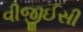
વીજીઈસી